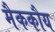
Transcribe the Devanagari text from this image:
मैककौय